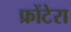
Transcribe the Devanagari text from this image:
फ्रोंटेरा